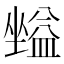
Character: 𡒪